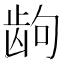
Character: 𱌮